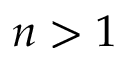
n > 1